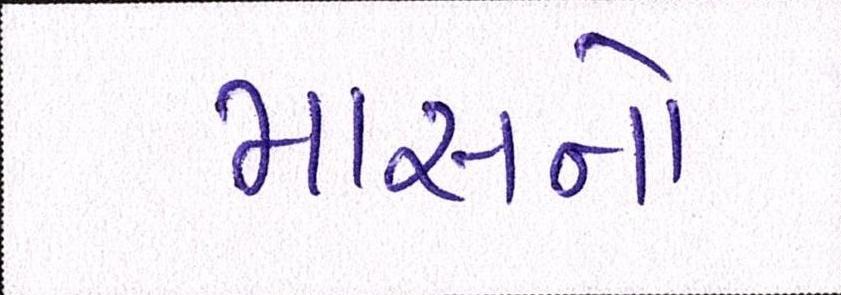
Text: માસનો